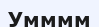
Умммм